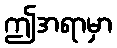
ဤအရာမှာ